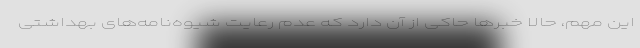
این مهم، حالا خبرها حاکی از آن دارد که عدم رعایت شیوه‌نامه‌های بهداشتی